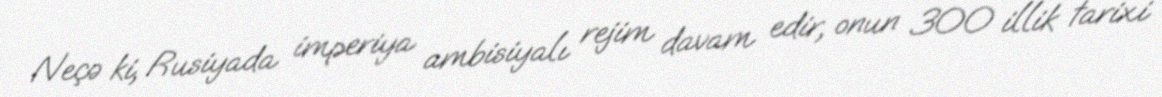
Neçə ki, Rusiyada imperiya ambisiyalı rejim davam edir, onun 300 illik tarixi